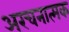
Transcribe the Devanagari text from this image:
अरचनात्मक